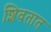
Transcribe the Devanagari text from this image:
शिवतात